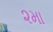
૨મા